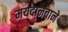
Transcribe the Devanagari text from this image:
मयदानवाने